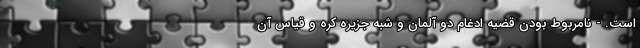
است. - نامربوط بودن قضیه ادغام دو آلمان و شبه جزیره کره و قیاس آن